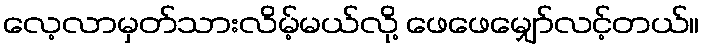
လေ့လာမှတ်သားလိမ့်မယ်လို့ ဖေဖေမျှော်လင့်တယ်။